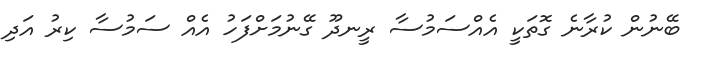
ބޭނުން ކުރާނެ ގޮތަކީ އެއްސަމުސާ ރީނދޫ ގޭނުމަށްފަހު އެއް ސަމުސާ ކިރު އަދި